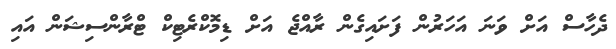
ދެހާސް އަށް ވަނަ އަހަރުން ފަށައިގެން ރާއްޖެ އަށް ޑިމޮކްރެޓިކް ޓްރާންސިޝަން އައި